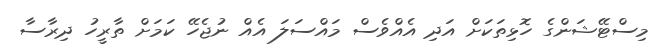
މިސްޓޭޝަންގެ ހޮޅިތަކަށް އަދި އެއްވެސް މައްސަލަ އެއް ނުޖެހޭ ކަމަށް ތާރީހު ދިރާސާ